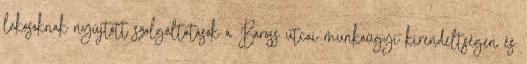
lakosoknak nyújtott szolgáltatások a Baross utcai munkaügyi kirendeltségen és